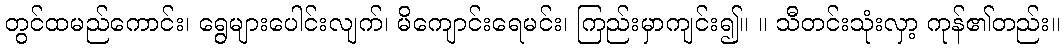
တွင်ထမည်ကောင်း၊ ရွေများပေါင်းလျက်၊ မိကျောင်းရေမင်း၊ ကြည်းမှာကျင်း၍။ ။ သီတင်းသုံးလှာ့ ကုန်၏တည်း။